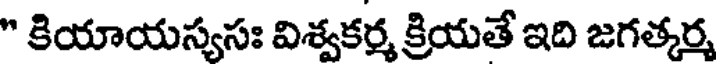
" కియాయస్యసః విశ్వకర్మ క్రియతే ఇది జగత్కర్మ